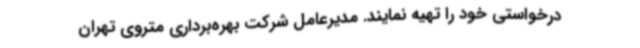
درخواستی خود را تهیه نمایند. مدیرعامل شرکت بهره‌برداری متروی تهران